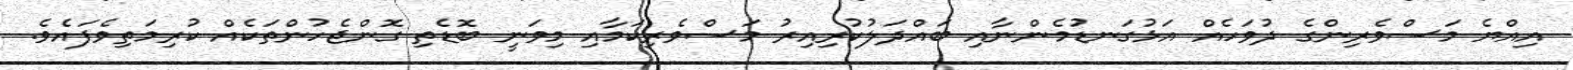
އިއްޔެ މަސްވެރިންގެ ދުވަހެއް އަޅުގަނޑުމެންނާއި ބައްދަލުކުރިއިރު މަސްވެރިކަމާއި މިވަނީ ބޮޑެތި ގޮންޖެހުންތަކެއް ކުރިމަތިވެފައެވެ.